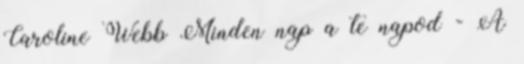
Caroline Webb Minden nap a te napod - A